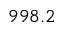
9 9 8 . 2